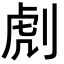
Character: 䖌